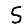
Digit: 5